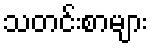
သတင်းစာများ